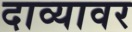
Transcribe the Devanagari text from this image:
दाव्यावर